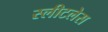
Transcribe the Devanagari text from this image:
स्लीटलेस